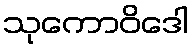
သုကောဝိဒေါ